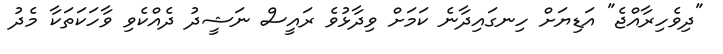
"ދިވެހިރާއްޖެ" އަޑިޔަށް ހިނގައިދާނެ ކަމަށް ވިދާޅުވެ ރައީސް ނަޝީދު ދެއްކެވި ވާހަކަތަކާ މެދު